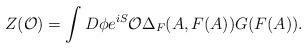
LaTeX: \begin{align*}Z({\cal O})=\int D\phi e^{iS} {\cal O} \Delta_F(A,F(A)) G(F(A)). \end{align*}